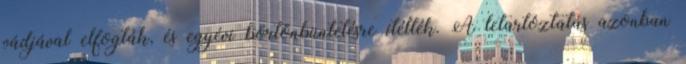
vádjával elfogták, és egyévi börtönbüntetésre ítélték. A letartóztatás azonban